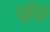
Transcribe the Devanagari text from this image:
पॉउ